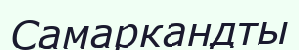
Самаркандты